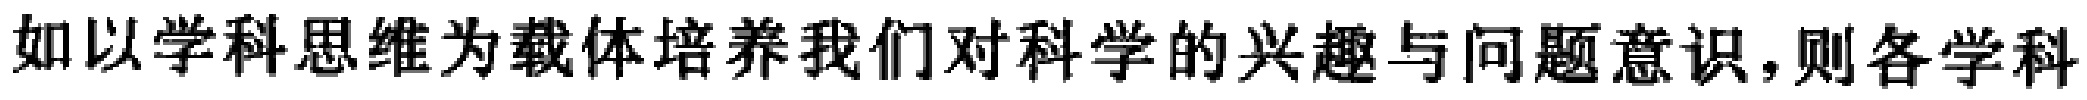
如以学科思维为载体培养我们对科学的兴趣与问题意识,则各学科